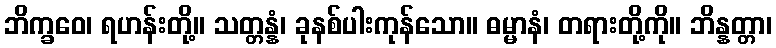
ဘိက္ခဝေ၊ ရဟန်းတို့။ သတ္တန္နံ၊ ခုနစ်ပါးကုန်သော။ ဓမ္မာနံ၊ တရားတို့ကို။ ဘိန္နတ္တာ၊